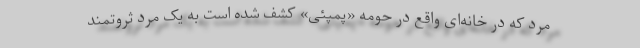
مرد که در خانه‌ای واقع در حومه «پمپئی» کشف شده است به یک مرد ثروتمند